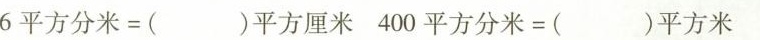
$$6平方分米 = ()平方厘米$$ $$400平方分米 = ( )平方米$$